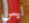
ليس